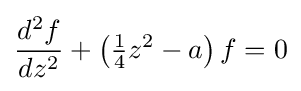
{\frac {d^{2}f}{dz^{2}}}+\left({\tfrac {1}{4}}z^{2}-a\right)f=0